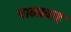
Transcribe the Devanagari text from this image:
पाठप्रवाह